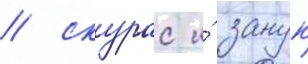
/ скурас и́ занук